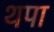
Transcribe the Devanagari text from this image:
थपा